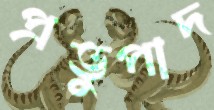
প্রভুপাদ